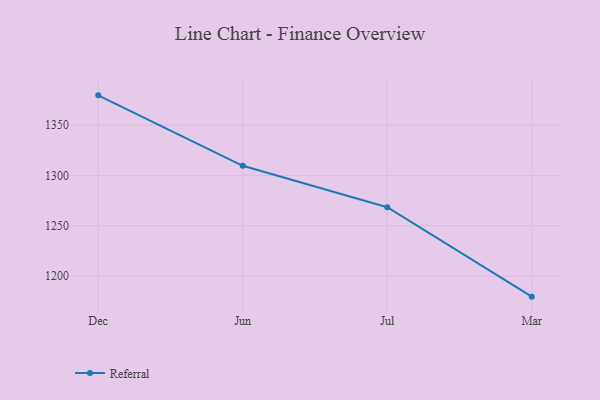
{"axis": {"x": "Month", "y": "Bounce Rate (%)"}, "legend": ["Referral"], "data": [{"x": "Dec", "y": 1379.6, "type": "Referral"}, {"x": "Jun", "y": 1309.6, "type": "Referral"}, {"x": "Jul", "y": 1268.4, "type": "Referral"}, {"x": "Mar", "y": 1179.6, "type": "Referral"}]}